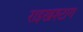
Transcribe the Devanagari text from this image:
राइखश्टाग